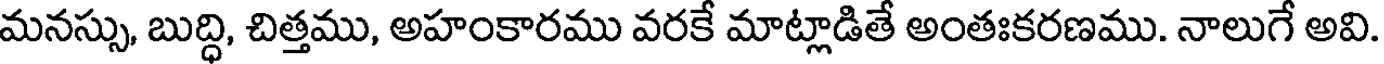
మనస్సు, బుద్ధి, చిత్తము, అహంకారము వరకే మాట్లాడితే అంతఃకరణము. నాలుగే అవి.